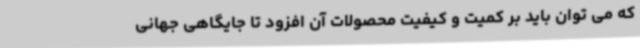
که می توان باید بر کمیت و کیفیت محصولات آن افزود تا جایگاهی جهانی